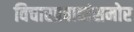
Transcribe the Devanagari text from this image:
विचारप्रवाहांसमोर